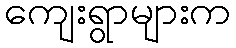
ကျေးရွာများက